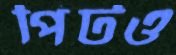
পিটও